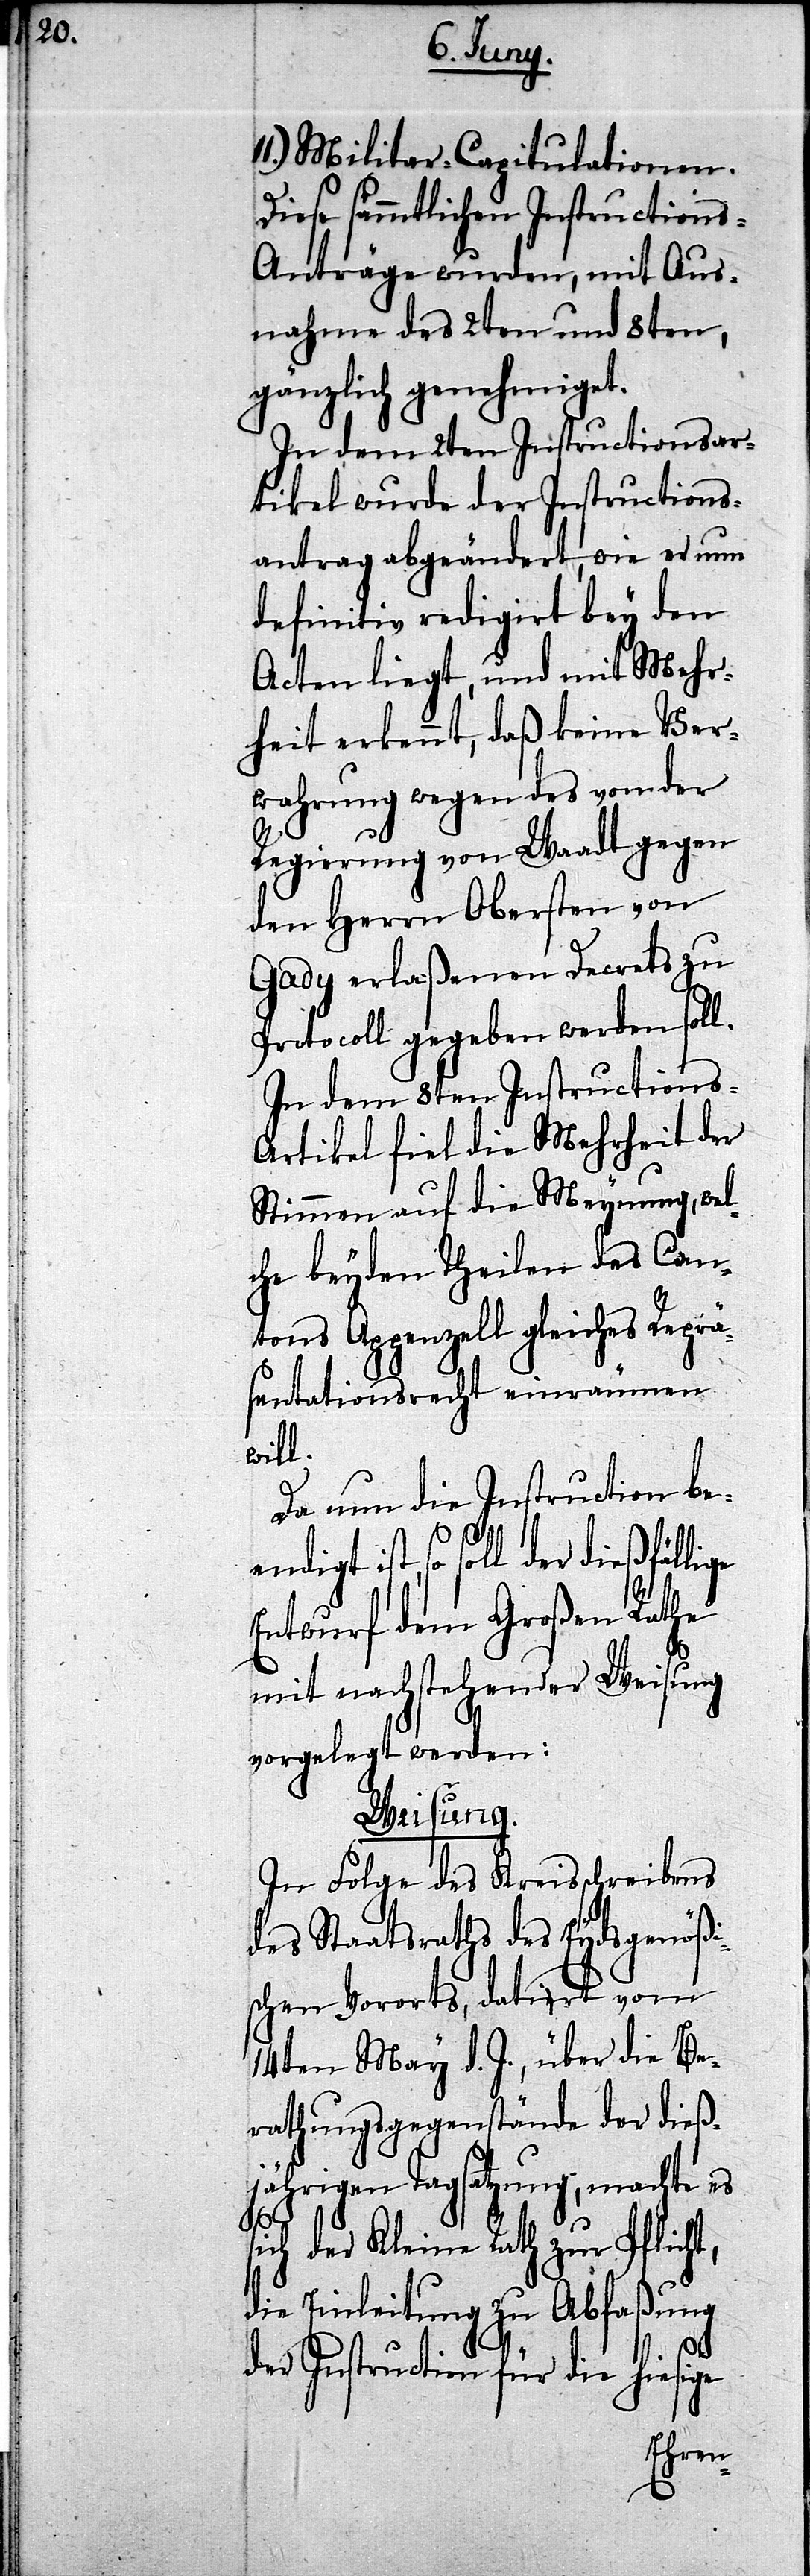
Militar-Capitulationen.
sämmtlichen Instruction¬
s-Anträge wurden, mit Aus¬
nahme des 2ten und 8ten,
gänzlich genehmiget.
In dem 2ten Instructionsar¬
tikel wurde der Instructions¬
antrag abgeändert, wie er nun
definitiv redigirt bey den
Acten liegt, und mit Mehr¬
heit erkennt, daß keine Ver¬
wahrung wegen des von der
Regierung von Waadt gegen
den Herrn Obersten von
Gady erlaßenen Decrets zu
Protocoll gegeben werden soll.
In dem 8ten Instructions-A¬
rtikel fiel die Mehrheit der
Stimmen auf die Meynung, wel¬
che beyden Theilen des Can¬
tons Appenzell gleiches Reprä¬
sentationsrecht einräumen
will.
Da nun die Instruction be¬
l der dießfällige
Entwurf dem Großen Rathe
mit nachstehender Weisung
vorgelegt werden:
Weisung.
In Folge des Kreisschreibens
des Staatsraths des Eydsgenößi¬
schen Vororts, datirt vom
14ten May d. J., über die Be¬
rathungsgegenstände der dieß¬
jährigen Tagsatzung, machte es
sich der Kleine Rath zur Pflicht,
die Einleitung zu Abfaßung
der Instruction für die hiesige